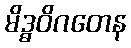
မိဒ္ဓဝိဂတေန